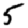
Digit: 5